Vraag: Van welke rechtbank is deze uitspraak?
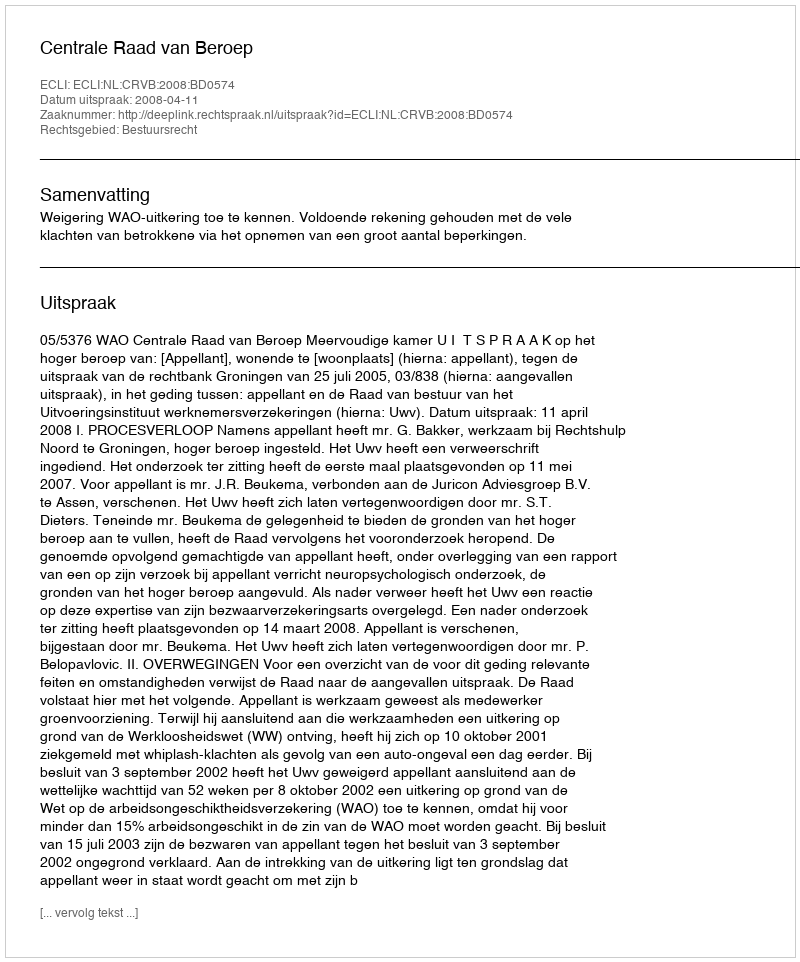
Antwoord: Centrale Raad van Beroep